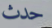
حدث